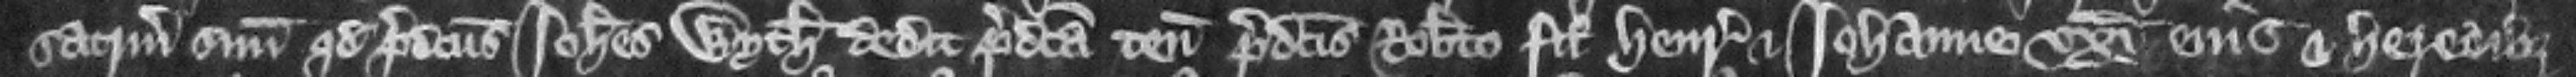
sacramentum suum quod predictus Iohannes Wyth dedit predicta tenementa predictis Roberto filio Henrico et Iohanne vxori eius et heredibus